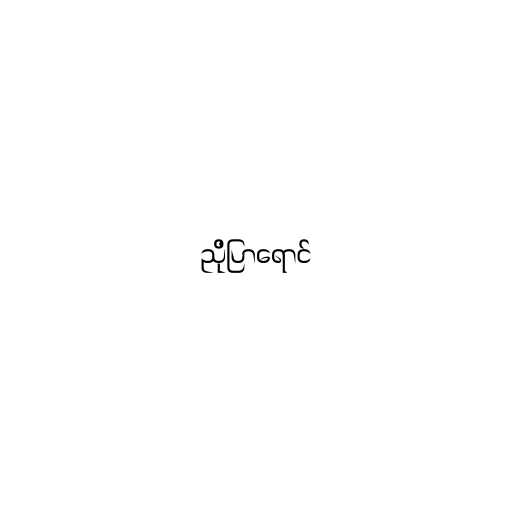
ညိုပြာရောင်